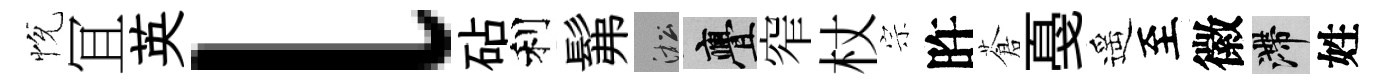
恱冝英l砧利髴淞亹窄杖宗旿蒼戞遥至徽滯姓